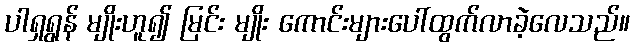
ပါရှရွန် မျိုးဟူ၍ မြင်း မျိုး ကောင်းများပေါ်ထွက်လာခဲ့လေသည်။